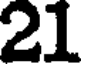
21